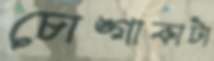
চোঙ্গাকাটা